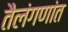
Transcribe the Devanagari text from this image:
तैलंगणांत